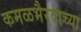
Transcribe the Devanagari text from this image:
कमळभैरवाच्या